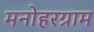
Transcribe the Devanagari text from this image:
मनोहरग्राम